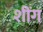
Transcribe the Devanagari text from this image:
शींग